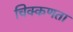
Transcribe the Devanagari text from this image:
चिक्कणता